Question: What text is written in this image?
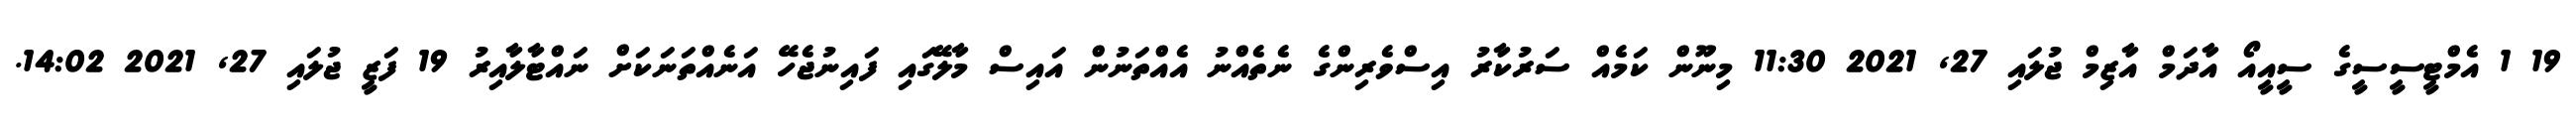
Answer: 19 1 އެމްޓީސީސީގެ ސީއީއޯ އާދަމް އާޒިމް ޖުލައި 27, 2021 11:30 މިނޫން ކަމެއް ސަރުކާރު އިސްވެރިންގެ ނެތެއްނު އެއްތަނުން އައިސް މާލޭގައި ފައިނުޖެހޭ އަނެއްތަނަކަށް ނައްޓާލާއިރު 19 ފަޒީ ޖުލައި 27, 2021 14:02.